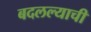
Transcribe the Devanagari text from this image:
बदलल्याची